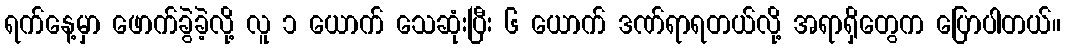
ရက်နေ့မှာ ဖောက်ခွဲခဲ့လို့ လူ ၁ ယောက် သေဆုံးပြီး ၆ ယောက် ဒဏ်ရာရတယ်လို့ အရာရှိတွေက ပြောပါတယ်။